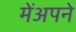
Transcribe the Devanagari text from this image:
मेंअपने